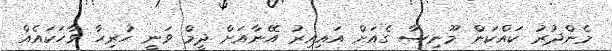
މެންދުރު ކައްކަން މޫނިސާ ގެއަށް އައިއިރު އޭނާއަށް ދީމް ވަނީ ހުރިހާ ވާހަކައެއް